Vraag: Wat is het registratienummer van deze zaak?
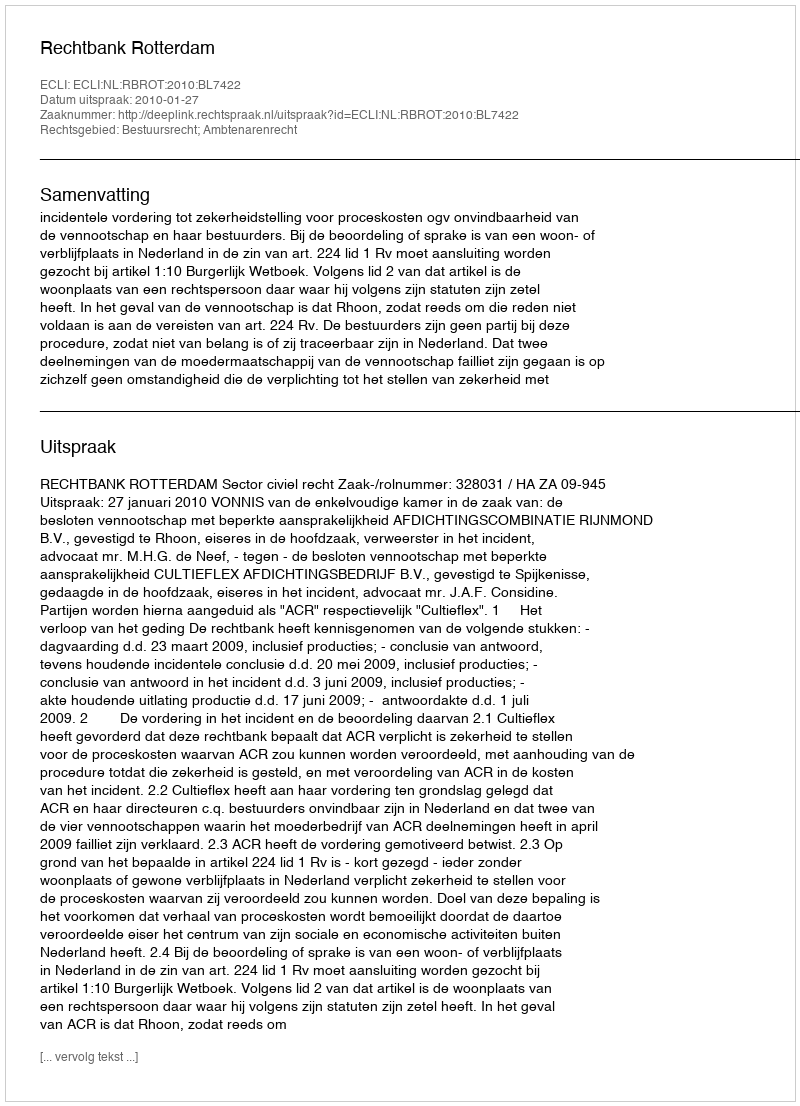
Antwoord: http://deeplink.rechtspraak.nl/uitspraak?id=ECLI:NL:RBROT:2010:BL7422